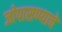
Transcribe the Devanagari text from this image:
जोपासण्याचे